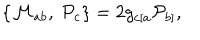
\{ { \cal M } _ { a b } , \ { \cal P } _ { c } \} = 2 g _ { c [ a } { \cal P } _ { b ] } ,